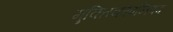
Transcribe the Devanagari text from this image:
मुक्तिकोपनिषद